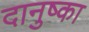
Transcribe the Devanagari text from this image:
दानुष्का